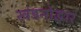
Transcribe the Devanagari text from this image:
खंडनोद्धार